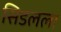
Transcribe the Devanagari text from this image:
सिडलला